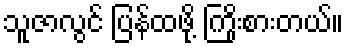
သူဇာလွင် ပြန်ထဖို့ ကြိုးစားတယ်။